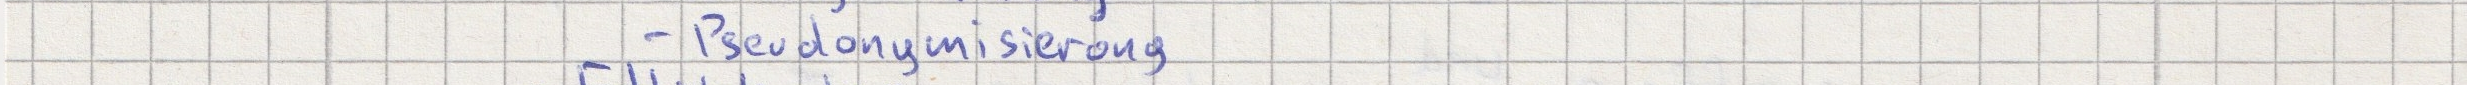
- Pseudonymisierung